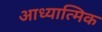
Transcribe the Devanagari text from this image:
आध्‍यात्मिक